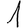
Digit: 1